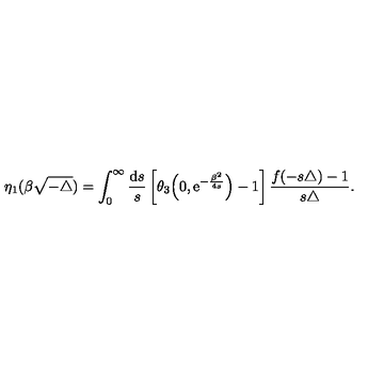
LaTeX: \eta _ { 1 } ( \beta \sqrt { - \triangle } ) = \int _ { 0 } ^ { \infty } { \frac { { \mathrm { d } } s } { s } } \left[ \theta _ { 3 } \Big ( 0 , { \mathrm e } ^ { - { \frac { \beta ^ { 2 } } { 4 s } } } \Big ) - 1 \right] \frac { f ( - s \triangle ) - 1 } { s \triangle } .